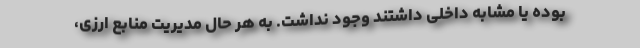
بوده یا مشابه داخلی داشتند وجود نداشت. به هر حال مدیریت منابع ارزی،